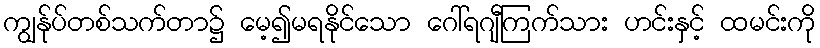
ကျွန်ုပ်တစ်သက်တာ၌ မေ့၍မရနိုင်သော ဂေါ်ရဂျီကြက်သား ဟင်းနှင့် ထမင်းကို